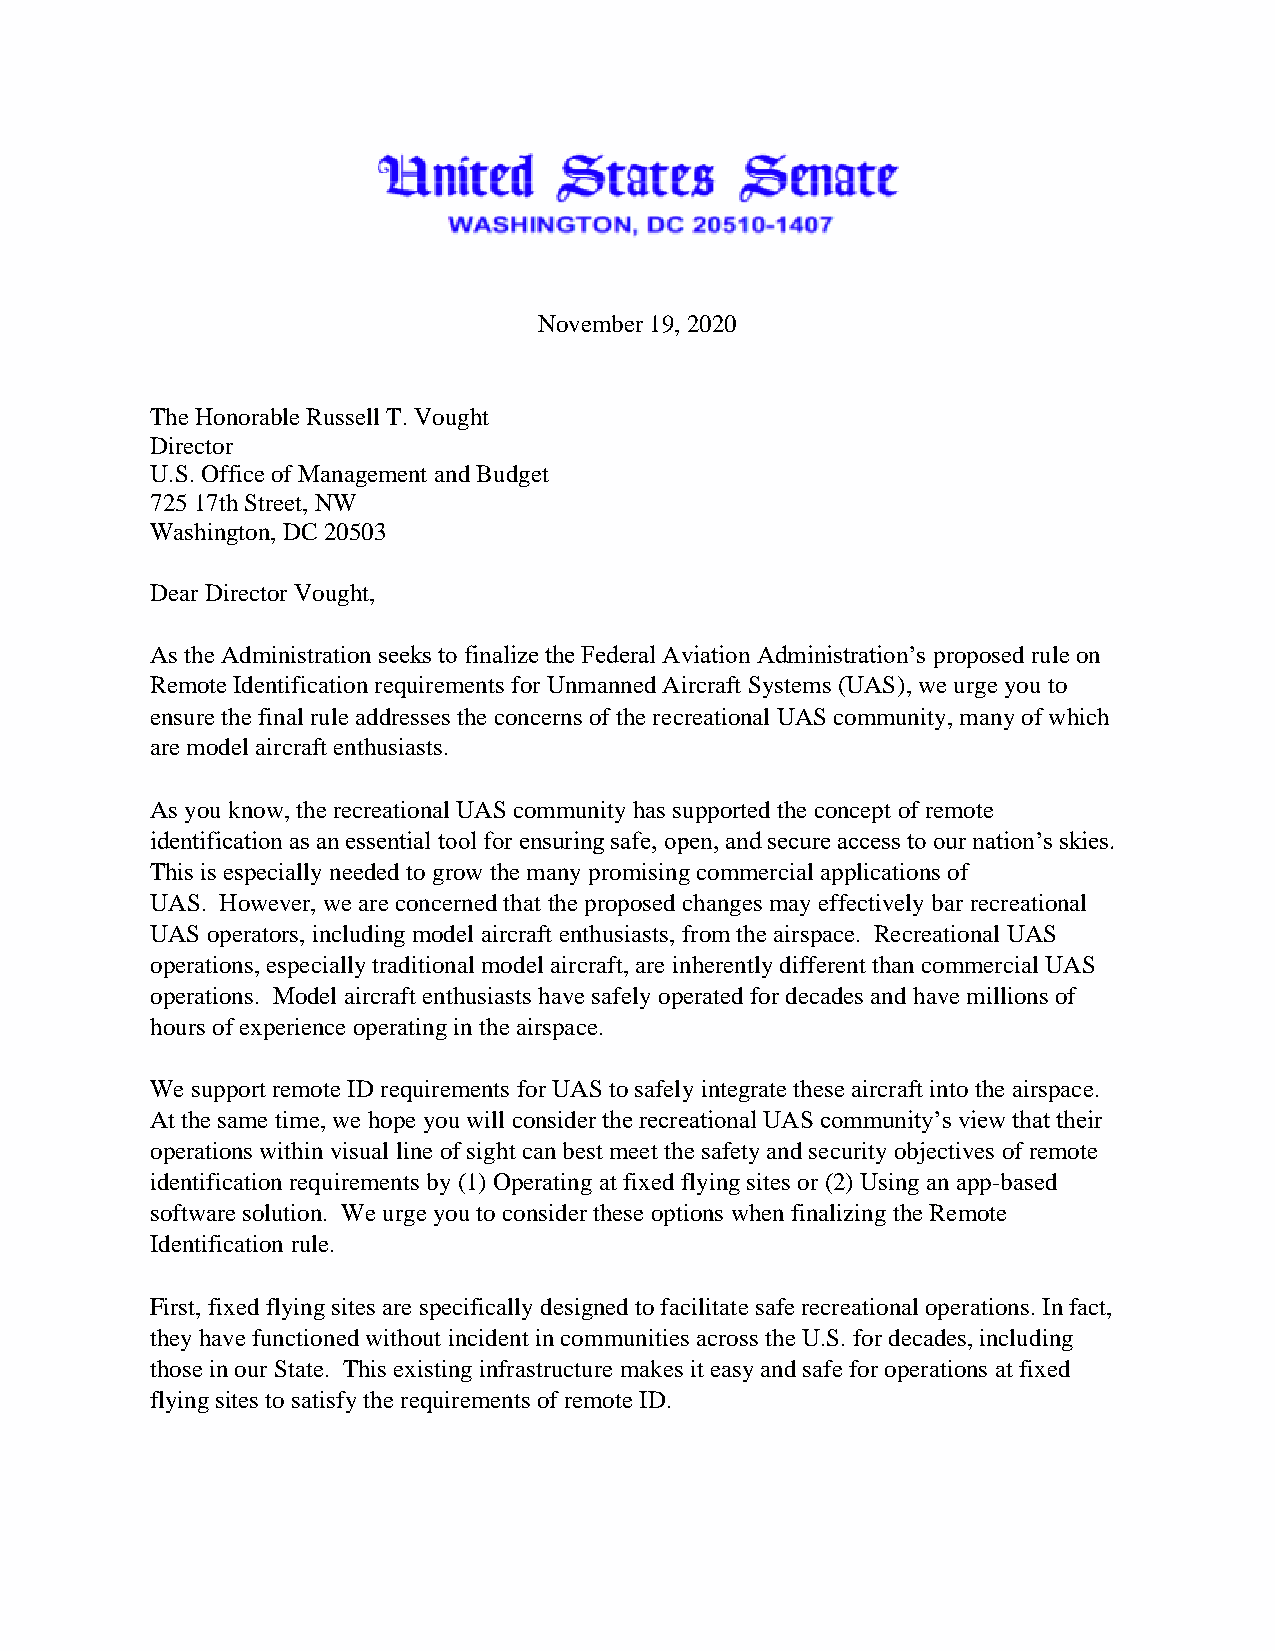
November 19, 2020
 The Honorable Russell T. Vought
 Director
 U.S. Office of Management and Budget
 725 17th Street, NW
 Washington, DC 20503
 Dear Director Vought,
 As the Administration seeks to finalize the Federal Aviation Administration’s proposed rule on
 Remote Identification requirements for Unmanned Aircraft Systems (UAS), we urge you to
 ensure the final rule addresses the concerns of the recreational UAS community, many of which
 are model aircraft enthusiasts.
 As you know, the recreational UAS community has supported the concept of remote
 identification as an essential tool for ensuring safe, open, and secure access to our nation’s skies.
 This is especially needed to grow the many promising commercial applications of
 UAS. However, we are concerned that the proposed changes may effectively bar recreational
 UAS operators, including model aircraft enthusiasts, from the airspace. Recreational UAS
 operations, especially traditional model aircraft, are inherently different than commercial UAS
 operations. Model aircraft enthusiasts have safely operated for decades and have millions of
 hours of experience operating in the airspace.
 We support remote ID requirements for UAS to safely integrate these aircraft into the airspace.
 At the same time, we hope you will consider the recreational UAS community’s view that their
 operations within visual line of sight can best meet the safety and security objectives of remote
 identification requirements by (1) Operating at fixed flying sites or (2) Using an app-based
 software solution. We urge you to consider these options when finalizing the Remote
 Identification rule.
 First, fixed flying sites are specifically designed to facilitate safe recreational operations. In fact,
 they have functioned without incident in communities across the U.S. for decades, including
 those in our State. This existing infrastructure makes it easy and safe for operations at fixed
 flying sites to satisfy the requirements of remote ID.